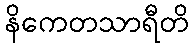
နိကေတသာရီတိ